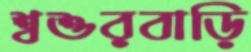
শ্বশুরবাড়ি